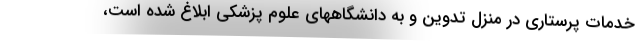
خدمات پرستاری در منزل تدوین و به دانشگاههای علوم پزشکی ابلاغ شده است،